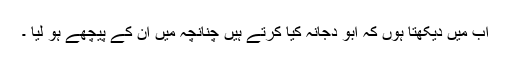
اب میں دیکھتا ہوں کہ ابو دجانہ کیا کرتے ہیں چنانچہ میں ان کے پیچھے ہو لیا ۔